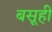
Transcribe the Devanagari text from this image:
बसूही